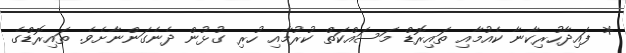
* ފައިދާހުރިކާނާ ކެއުމާއި ތައިރޮޑް މަސައްކަތް ކުރުމާއި ހުރި ގުޅުން ދެނެގަންނާށެވެ. ތައިރޮޑްގެ